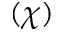
( \chi )